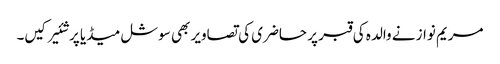
مریم نواز نے والدہ کی قبر پر حاضری کی تصاویر بھی سوشل میڈیا پر شئیر کیں۔